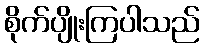
စိုက်ပျိုးကြပါသည်